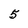
Character: 5